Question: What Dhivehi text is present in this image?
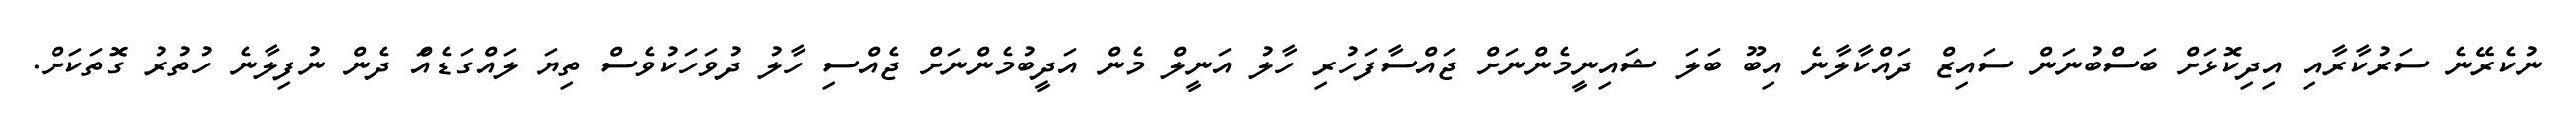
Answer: ނުކެރޭނެ ސަރުކާރާއި އިދިކޮޅަށް ބަސްބުނަން ސައިޒް ދައްކާލާނެ އިބޫ ބަލަ ޝައިނީމެންނަށް ޖައްސާފަހުރި ހާލު އަނީލް މެން އަދީބުމެންނަށް ޖެއްސި ހާލު ދުވަހަކުވެސް ތިޔަ ލައްގަޑެއްަ ދެން ނުފިލާނެ ހުތުރު ގޮތަކަށް.